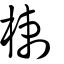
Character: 楋